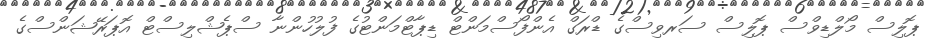
ޕޮލިސް މޯލްޑިވްސް ޕޮލިސް ސަރވިސްގެ ޑްރަގް އެންފޯސްމަންޓް ޑިޕާޓްމަންޓުގެ ފުލުހުންނާ ސްޕެޝްލިސްޓް އޮޕަރޭޝަންސްގެ